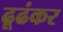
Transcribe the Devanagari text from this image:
ढूढंकर